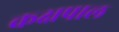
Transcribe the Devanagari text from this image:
कक्षपाल